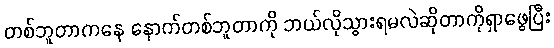
တစ်ဘူတာကနေ နောက်တစ်ဘူတာကို ဘယ်လိုသွားရမလဲဆိုတာကိုရှာဖွေပြီး